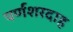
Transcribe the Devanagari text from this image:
पर्णशरदाह